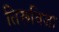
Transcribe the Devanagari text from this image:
तिरूविजा